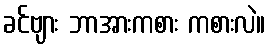
ခင်ဗျား ဘာအားကစား ကစားလဲ။